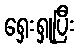
ရှေးရှုပြီး